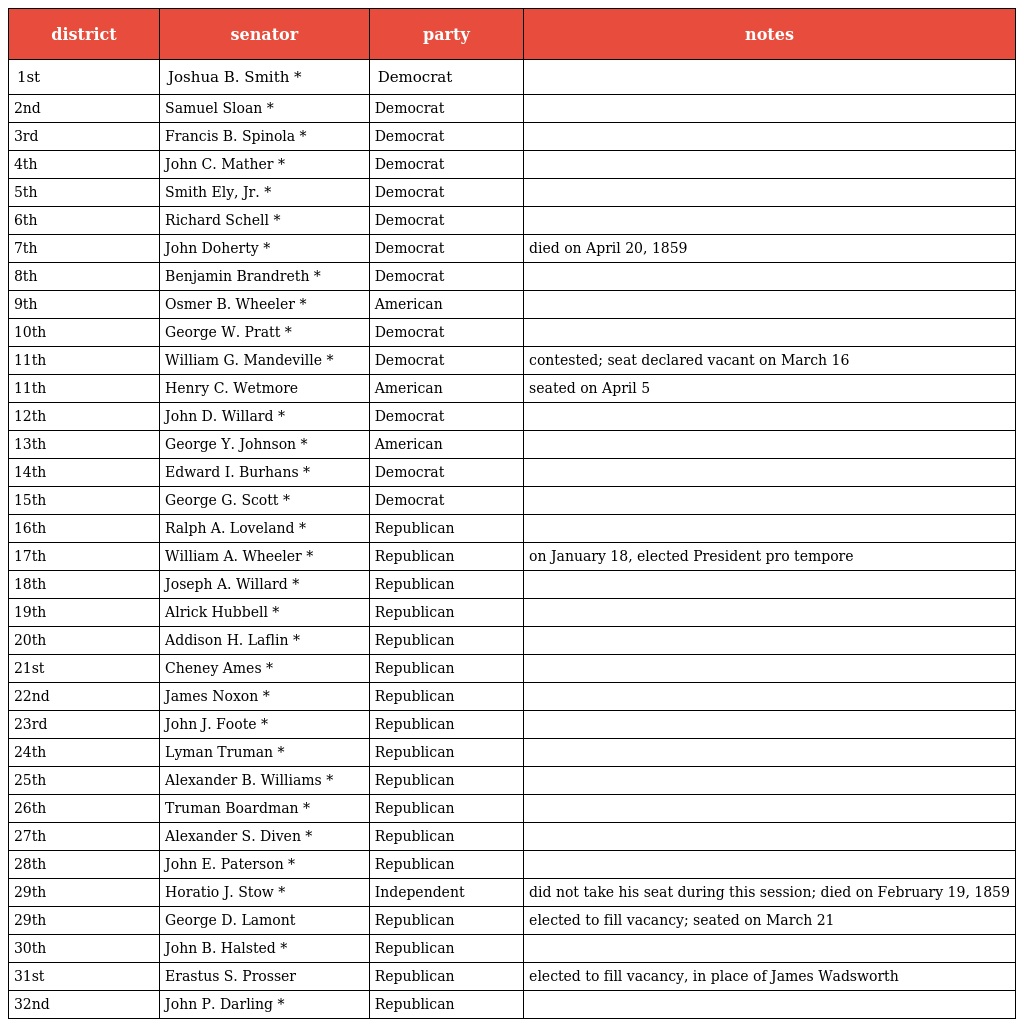
| district | senator | party | notes |
 | --- | --- | --- | --- |
 | 1st | Joshua B. Smith * | Democrat |  |
 | 2nd | Samuel Sloan * | Democrat |  |
 | 3rd | Francis B. Spinola * | Democrat |  |
 | 4th | John C. Mather * | Democrat |  |
 | 5th | Smith Ely, Jr. * | Democrat |  |
 | 6th | Richard Schell * | Democrat |  |
 | 7th | John Doherty * | Democrat | died on April 20, 1859 |
 | 8th | Benjamin Brandreth * | Democrat |  |
 | 9th | Osmer B. Wheeler * | American |  |
 | 10th | George W. Pratt * | Democrat |  |
 | 11th | William G. Mandeville * | Democrat | contested; seat declared vacant on March 16 |
 | 11th | Henry C. Wetmore | American | seated on April 5 |
 | 12th | John D. Willard * | Democrat |  |
 | 13th | George Y. Johnson * | American |  |
 | 14th | Edward I. Burhans * | Democrat |  |
 | 15th | George G. Scott * | Democrat |  |
 | 16th | Ralph A. Loveland * | Republican |  |
 | 17th | William A. Wheeler * | Republican | on January 18, elected President pro tempore |
 | 18th | Joseph A. Willard * | Republican |  |
 | 19th | Alrick Hubbell * | Republican |  |
 | 20th | Addison H. Laflin * | Republican |  |
 | 21st | Cheney Ames * | Republican |  |
 | 22nd | James Noxon * | Republican |  |
 | 23rd | John J. Foote * | Republican |  |
 | 24th | Lyman Truman * | Republican |  |
 | 25th | Alexander B. Williams * | Republican |  |
 | 26th | Truman Boardman * | Republican |  |
 | 27th | Alexander S. Diven * | Republican |  |
 | 28th | John E. Paterson * | Republican |  |
 | 29th | Horatio J. Stow * | Independent | did not take his seat during this session; died on February 19, 1859 |
 | 29th | George D. Lamont | Republican | elected to fill vacancy; seated on March 21 |
 | 30th | John B. Halsted * | Republican |  |
 | 31st | Erastus S. Prosser | Republican | elected to fill vacancy, in place of James Wadsworth |
 | 32nd | John P. Darling * | Republican |  |